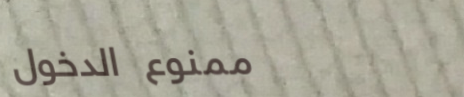
ممنوع الدخول